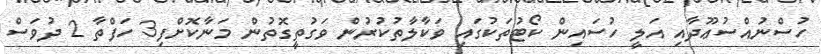
ހުސްނުއްސުޢޫދާއި އަލީ ހުސައިން ކޯޓުތަކުގައި ވަކާލާތުކުރުން ވަގުތީގޮތުން މަނާކޮށްފި3 ހަފްތާ 2 ދުވަސް